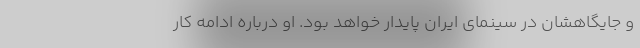
و جایگاهشان در سینمای ایران پایدار خواهد بود. او درباره ادامه کار